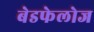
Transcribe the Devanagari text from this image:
बेडफेलोज